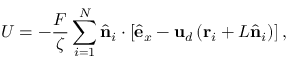
U = - \frac { F } { \zeta } \sum _ { i = 1 } ^ { N } \hat { \bf n } _ { i } \cdot \left[ \hat { \mathbf { e } } _ { x } - { \mathbf { u } } _ { d } \left( \mathbf { r } _ { i } + L \hat { \bf n } _ { i } \right) \right] ,